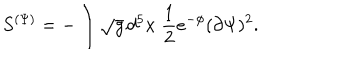
LaTeX: S ^ { ( \Psi ) } = - \int \sqrt { g } \, d ^ { 5 } x \; \frac { 1 } { 2 } e ^ { - \phi } ( \partial \Psi ) ^ { 2 } .